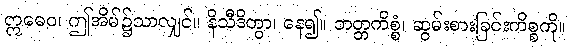
ဣဓေဝ၊ ဤအိမ်၌သာလျှင်။ နိသီဒိတွာ၊ နေ၍။ ဘတ္တကိစ္စံ၊ ဆွမ်းစားခြင်းကိစ္စကို။